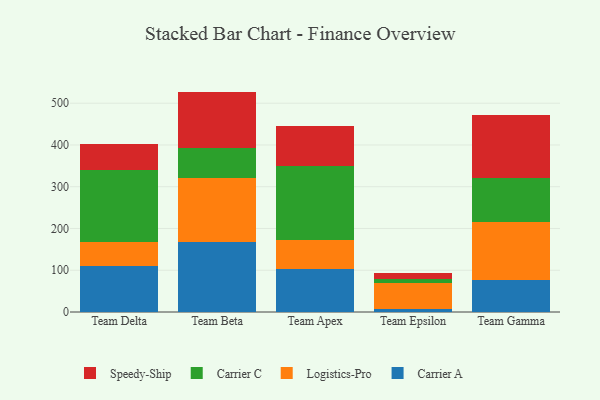
{"axis": {"x": "Team", "y": "Active Users"}, "legend": ["Carrier A", "Carrier C", "Logistics-Pro", "Speedy-Ship"], "data": [{"x": "Team Delta", "y": 110.8, "type": "Carrier A"}, {"x": "Team Delta", "y": 57.2, "type": "Logistics-Pro"}, {"x": "Team Delta", "y": 171.6, "type": "Carrier C"}, {"x": "Team Delta", "y": 62.1, "type": "Speedy-Ship"}, {"x": "Team Beta", "y": 166.9, "type": "Carrier A"}, {"x": "Team Beta", "y": 154.7, "type": "Logistics-Pro"}, {"x": "Team Beta", "y": 70.3, "type": "Carrier C"}, {"x": "Team Beta", "y": 135.9, "type": "Speedy-Ship"}, {"x": "Team Apex", "y": 104.1, "type": "Carrier A"}, {"x": "Team Apex", "y": 67.2, "type": "Logistics-Pro"}, {"x": "Team Apex", "y": 179.1, "type": "Carrier C"}, {"x": "Team Apex", "y": 94.7, "type": "Speedy-Ship"}, {"x": "Team Epsilon", "y": 7.3, "type": "Carrier A"}, {"x": "Team Epsilon", "y": 61.2, "type": "Logistics-Pro"}, {"x": "Team Epsilon", "y": 11.0, "type": "Carrier C"}, {"x": "Team Epsilon", "y": 13.1, "type": "Speedy-Ship"}, {"x": "Team Gamma", "y": 76.8, "type": "Carrier A"}, {"x": "Team Gamma", "y": 137.6, "type": "Logistics-Pro"}, {"x": "Team Gamma", "y": 107.1, "type": "Carrier C"}, {"x": "Team Gamma", "y": 150.6, "type": "Speedy-Ship"}]}